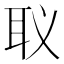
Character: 𮋬